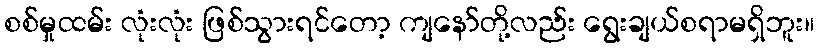
စစ်မှုထမ်း လုံးလုံး ဖြစ်သွားရင်တော့ ကျနော်တို့လည်း ရွေးချယ်စရာမရှိဘူး။